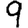
Digit: 9